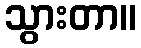
သွားတာ။